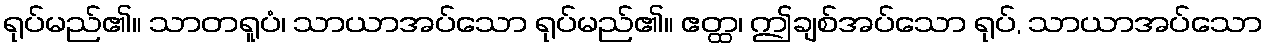
ရုပ်မည်၏။ သာတရူပံ၊ သာယာအပ်သော ရုပ်မည်၏။ ဧတ္ထ၊ ဤချစ်အပ်သော ရုပ်, သာယာအပ်သော